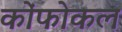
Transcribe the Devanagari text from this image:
कोंफोकल